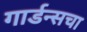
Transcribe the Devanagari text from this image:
गार्डन्सचा